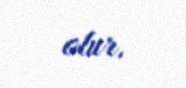
olur.